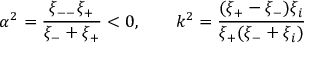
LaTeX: \alpha ^ { 2 } = \frac { \xi _ { -- } \xi _ { + } } { \xi _ { - } + \xi _ { + } } < 0 , \qquad k ^ { 2 } = \frac { ( \xi _ { + } - \xi _ { - } ) \xi _ { i } } { \xi _ { + } ( \xi _ { - } + \xi _ { i } ) }